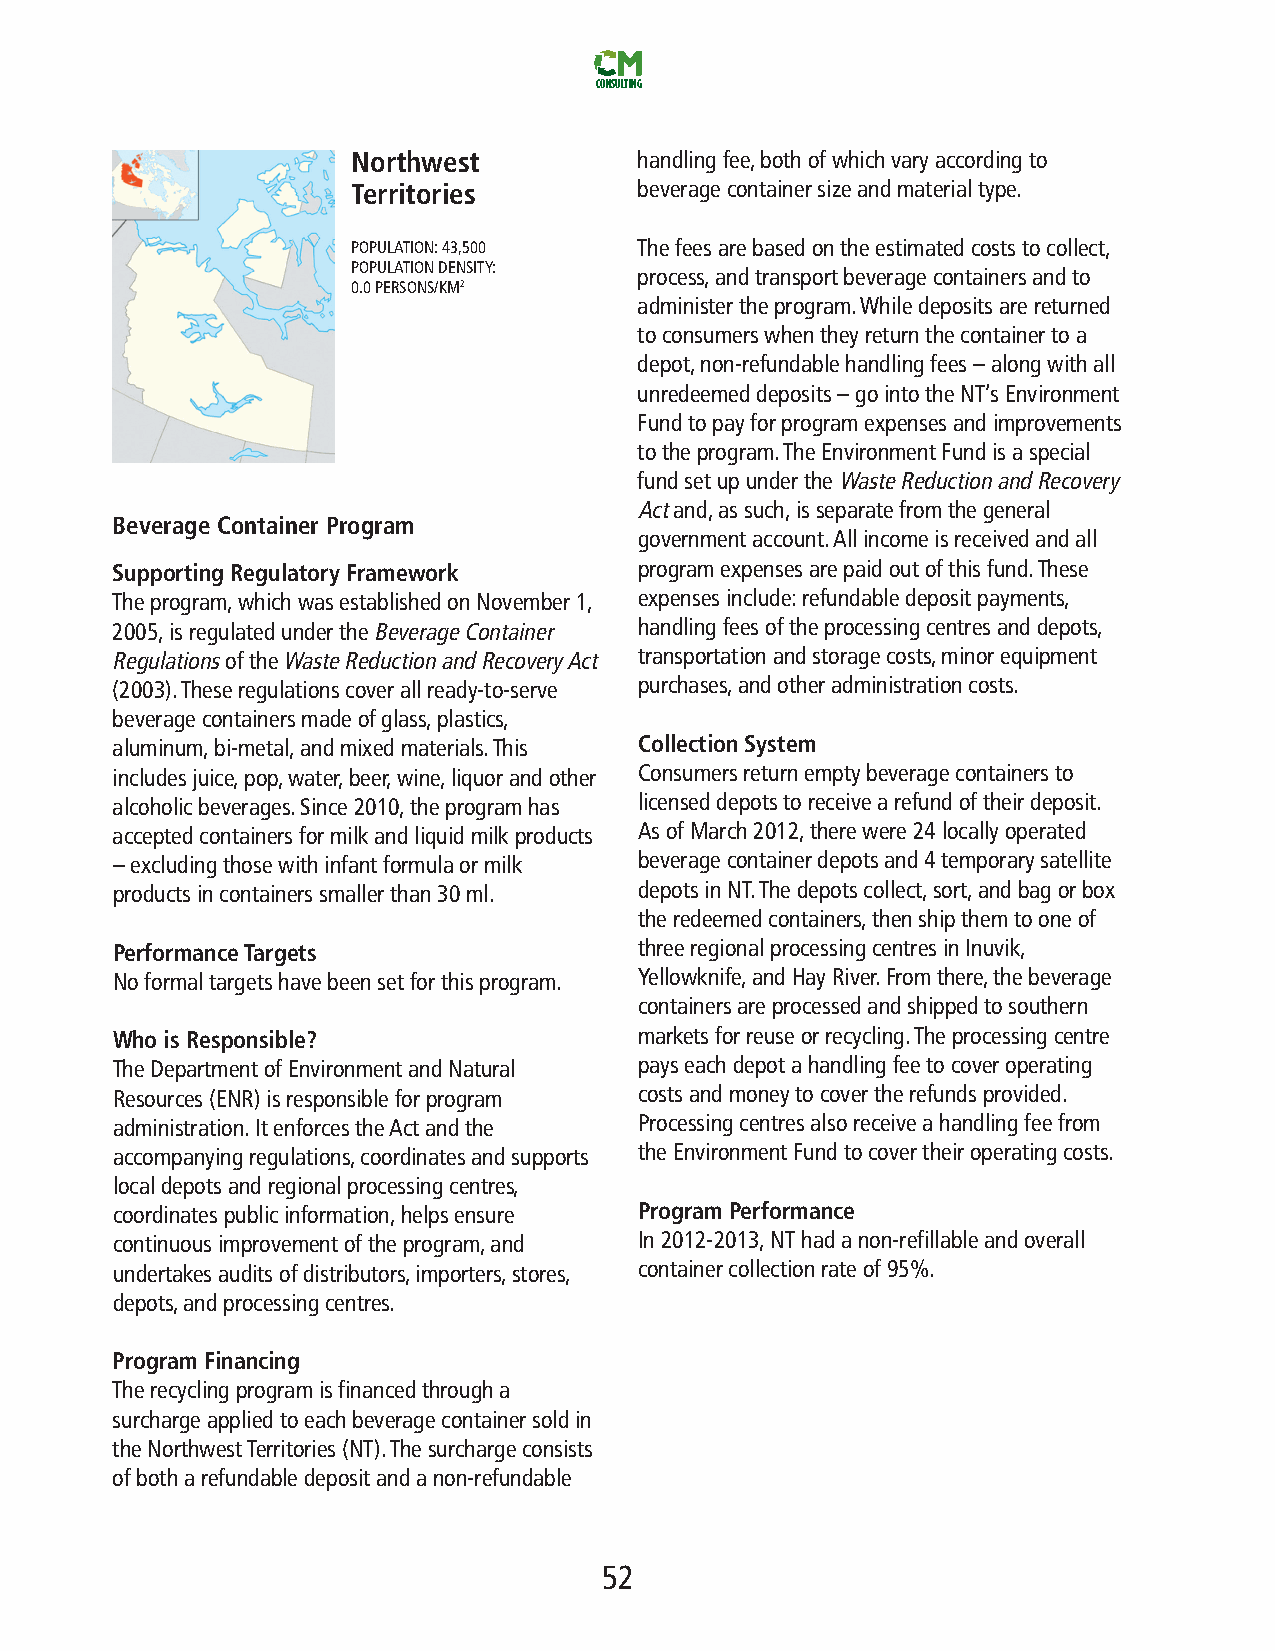
CONSULTING
 Northwest          handlingfee,bothofwhichvaryaccordingto
 Territories        beveragecontainersizeandmaterialtype.
 POPULATION:43,500  Thefeesarebasedontheestimatedcoststocollect,
 POPULATIONDENSITY:
 process,andtransportbeveragecontainersandto
 0.0PERSONS/KM2
 administertheprogram.Whiledepositsarereturned
 toconsumerswhentheyreturnthecontainertoa
 depot,non-refundablehandlingfees–alongwithall
 unredeemeddeposits–gointotheNT’sEnvironment
 Fundtopayforprogramexpensesandimprovements
 totheprogram.TheEnvironmentFundisaspecial
 fundsetupundertheWasteReductionandRecovery
 Actand,assuch,isseparatefromthegeneral
 Beverage Container Program
 governmentaccount.Allincomeisreceivedandall
 SupportingRegulatoryFramework      programexpensesarepaidoutofthisfund.These
 Theprogram,whichwasestablishedonNovember1, expensesinclude:refundabledepositpayments,
 2005,isregulatedundertheBeverageContainer handlingfeesoftheprocessingcentresanddepots,
 RegulationsoftheWasteReductionandRecoveryAct transportationandstoragecosts,minorequipment
 (2003).Theseregulationscoverallready-to-serve purchases,andotheradministrationcosts.
 beveragecontainersmadeofglass,plastics,
 aluminum,bi-metal,andmixedmaterials.This CollectionSystem
 includesjuice,pop,water,beer,wine,liquorandother Consumersreturnemptybeveragecontainersto
 alcoholicbeverages.Since2010,theprogramhas licenseddepotstoreceivearefundoftheirdeposit.
 acceptedcontainersformilkandliquidmilkproducts AsofMarch2012,therewere24locallyoperated
 –excludingthosewithinfantformulaormilk beveragecontainerdepotsand4temporarysatellite
 productsincontainerssmallerthan30ml. depotsinNT.Thedepotscollect,sort,andbagorbox
 theredeemedcontainers,thenshipthemtooneof
 PerformanceTargets                 threeregionalprocessingcentresinInuvik,
 Noformaltargetshavebeensetforthisprogram. Yellowknife,andHayRiver.Fromthere,thebeverage
 containersareprocessedandshippedtosouthern
 WhoisResponsible?                  marketsforreuseorrecycling.Theprocessingcentre
 TheDepartmentofEnvironmentandNatural payseachdepotahandlingfeetocoveroperating
 Resources(ENR)isresponsibleforprogram costsandmoneytocovertherefundsprovided.
 administration.ItenforcestheActandthe Processingcentresalsoreceiveahandlingfeefrom
 accompanyingregulations,coordinatesandsupports theEnvironmentFundtocovertheiroperatingcosts.
 localdepotsandregionalprocessingcentres,
 coordinatespublicinformation,helpsensure ProgramPerformance
 continuousimprovementoftheprogram,and In2012-2013,NThadanon-refillableandoverall
 undertakesauditsofdistributors,importers,stores, containercollectionrateof95%.
 depots,andprocessingcentres.
 ProgramFinancing
 Therecyclingprogramisfinancedthrougha
 surchargeappliedtoeachbeveragecontainersoldin
 theNorthwestTerritories(NT).Thesurchargeconsists
 ofbotharefundabledepositandanon-refundable
 52